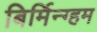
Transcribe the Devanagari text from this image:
बिर्मिन्ग्हम